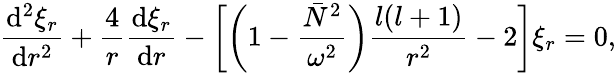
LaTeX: \frac{\mathrm{d}^{2}\xi_{r}}{\mathrm{d}r^{2}}+\frac{4}{r}\frac{\mathrm{d}\xi_{r}}{\mathrm{d}r}-\bigg[\bigg(1-\frac{\bar{N}^{2}}{\omega^{2}}\bigg)\frac{l(l+1)}{r^{2}}-2\bigg]\xi_{r}=0,